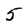
Character: 5